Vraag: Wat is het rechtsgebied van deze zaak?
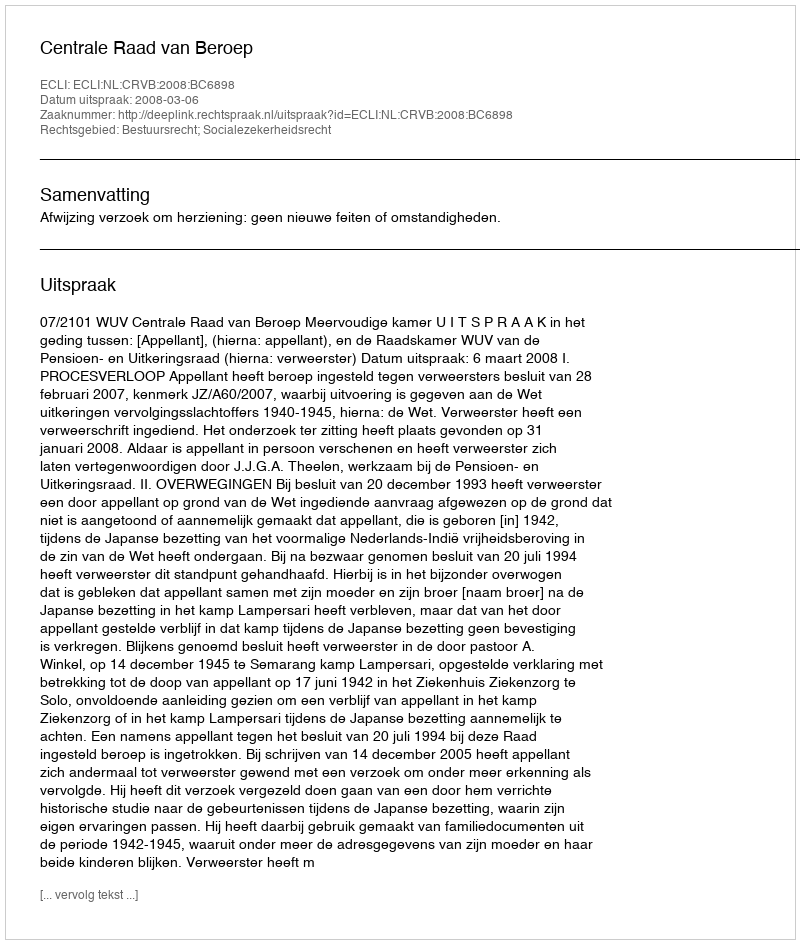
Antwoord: Bestuursrecht; Socialezekerheidsrecht